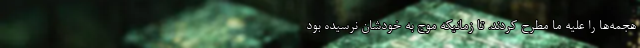
هجمه‌ها را علیه ما مطرح کردند. تا زمانیکه موج به خودشان نرسیده بود